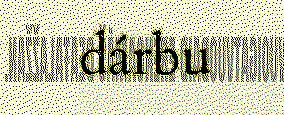
dárbu